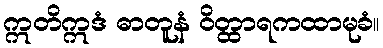
ဣတိဣဒံ ဓာတူနံ ဝိတ္ထာရကထာမုခံ။